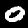
Label: 0